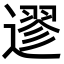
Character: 䢧